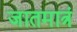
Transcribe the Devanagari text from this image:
जातमात्रं